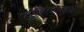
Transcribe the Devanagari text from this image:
दास्तैवाजावर